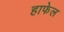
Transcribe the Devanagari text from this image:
हाफेल